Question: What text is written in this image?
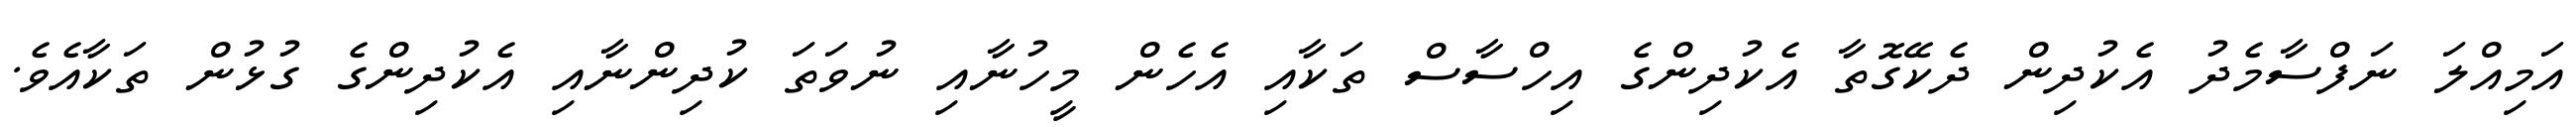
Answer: އަމިއްލަ ނަފްސާމެދު އެކުދިން ދެކޭގޮތާ އެކުދިންގެ އިހްސާސް ތަކާއި އެހެން މީހުނާއި ނުވަތަ ކުދިންނާއި އެކުދިންގެ ގުޅުން ތަކާއެވެ.